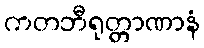
ကတဘီရုတ္တာဏာနံ